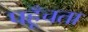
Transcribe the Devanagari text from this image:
पहूँचता